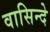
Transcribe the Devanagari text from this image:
वासिन्दे